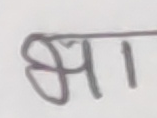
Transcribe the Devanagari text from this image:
आमा